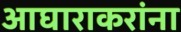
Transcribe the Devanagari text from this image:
आघाराकरांना